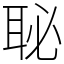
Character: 䎵